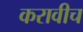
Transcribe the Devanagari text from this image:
करावीच